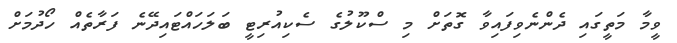
ވީމާ މަތީގައި ދެންނެވިފައިވާ ގޮތަށް މި ސްކޫލުގެ ސެކިއުރިޓީ ބަލަހައްޓައިދޭނެ ފަރާތެއް ހޯދުމަށް